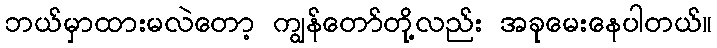
ဘယ်မှာထားမလဲတော့ ကျွန်တော်တို့လည်း အခုမေးနေပါတယ်။